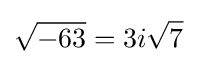
{\sqrt {-63}}=3i{\sqrt {7}}